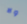
ولا